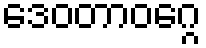
ဒေဝတာဝဂ္ဂေ